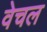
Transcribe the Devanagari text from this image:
वेचल